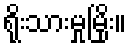
ရိုးသားမှုမြိုး။